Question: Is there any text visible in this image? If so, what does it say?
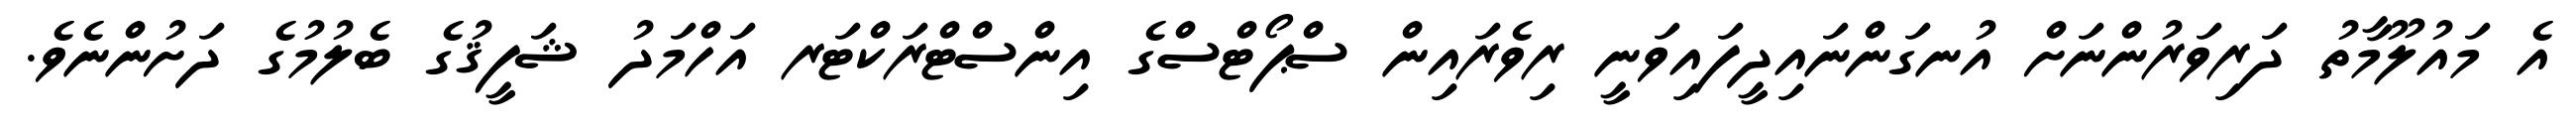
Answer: އެ މައުލޫމާތު ދަރިވަރުންނަށް އުނގަންނައިދީފައިވަނީ ރިވެރައިން ސްޕޯޓްސްގެ އިންސްޓްރަކްޓަރ އަހްމަދު ޝަފީޤުގެ ބެލުމުގެ ދަށުންނެވެ.